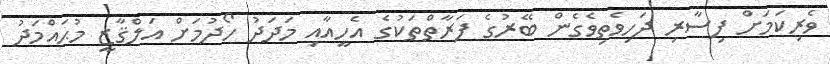
ވެރިކަމަށް ފިސާރި ދަހިވެތިވެގެން ބޭރުގެ ފަރާތްތަކުގެ އެހީއާއި މަދަދު ހޯދުމަށް އަލްޤާޒީ މުޙައްމަދު